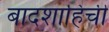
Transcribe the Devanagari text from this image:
बादशाहिची